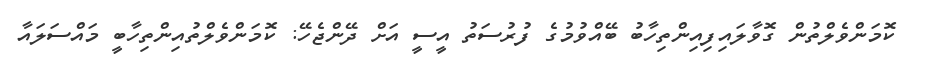
ކޮމަންވެލްތުން ގޮވާލައިފިއިންތިހާބު ބޭއްވުމުގެ ފުރުސަތު އީސީ އަށް ދޭންޖެހޭ: ކޮމަންވެލްތުއިންތިހާބީ މައްސަލައާ